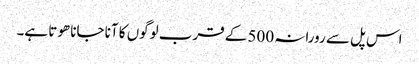
اس پل سے رورانہ 500 کے قرب لوگوں کا آنا جانا ھوتا ہے۔